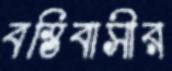
বস্তিবাসীর